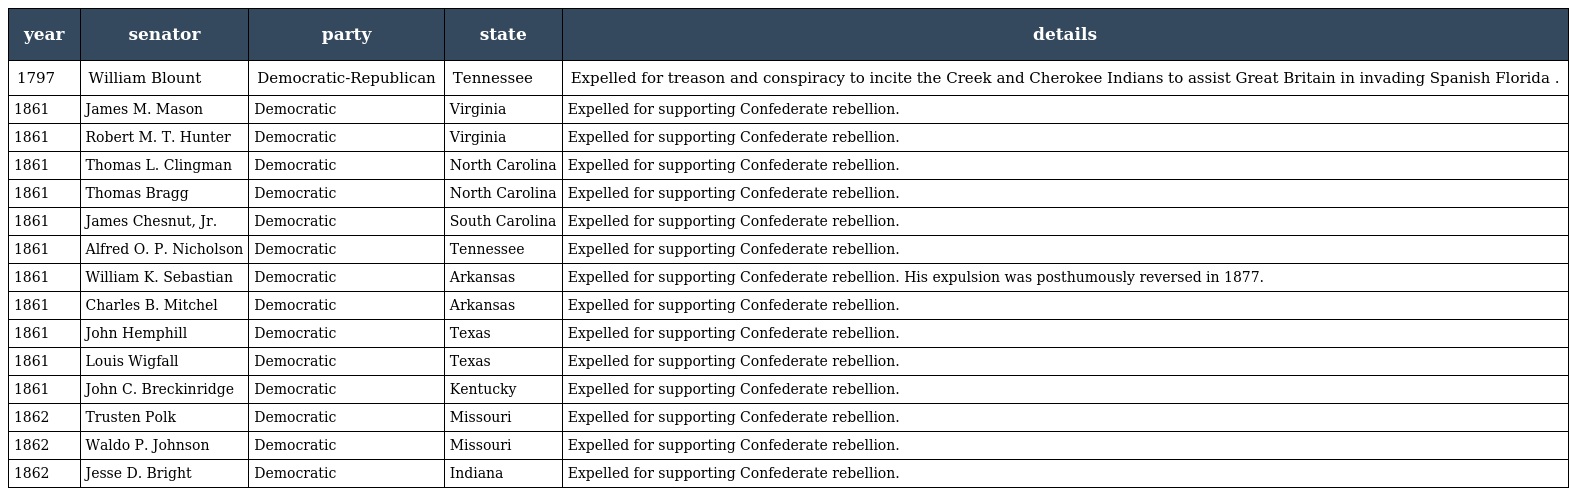
| year | senator | party | state | details |
 | --- | --- | --- | --- | --- |
 | 1797 | William Blount | Democratic-Republican | Tennessee | Expelled for treason and conspiracy to incite the Creek and Cherokee Indians to assist Great Britain in invading Spanish Florida . |
 | 1861 | James M. Mason | Democratic | Virginia | Expelled for supporting Confederate rebellion. |
 | 1861 | Robert M. T. Hunter | Democratic | Virginia | Expelled for supporting Confederate rebellion. |
 | 1861 | Thomas L. Clingman | Democratic | North Carolina | Expelled for supporting Confederate rebellion. |
 | 1861 | Thomas Bragg | Democratic | North Carolina | Expelled for supporting Confederate rebellion. |
 | 1861 | James Chesnut, Jr. | Democratic | South Carolina | Expelled for supporting Confederate rebellion. |
 | 1861 | Alfred O. P. Nicholson | Democratic | Tennessee | Expelled for supporting Confederate rebellion. |
 | 1861 | William K. Sebastian | Democratic | Arkansas | Expelled for supporting Confederate rebellion. His expulsion was posthumously reversed in 1877. |
 | 1861 | Charles B. Mitchel | Democratic | Arkansas | Expelled for supporting Confederate rebellion. |
 | 1861 | John Hemphill | Democratic | Texas | Expelled for supporting Confederate rebellion. |
 | 1861 | Louis Wigfall | Democratic | Texas | Expelled for supporting Confederate rebellion. |
 | 1861 | John C. Breckinridge | Democratic | Kentucky | Expelled for supporting Confederate rebellion. |
 | 1862 | Trusten Polk | Democratic | Missouri | Expelled for supporting Confederate rebellion. |
 | 1862 | Waldo P. Johnson | Democratic | Missouri | Expelled for supporting Confederate rebellion. |
 | 1862 | Jesse D. Bright | Democratic | Indiana | Expelled for supporting Confederate rebellion. |